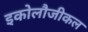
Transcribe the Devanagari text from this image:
इकोलौजीकल